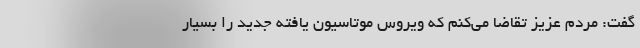
گفت: مردم عزیز تقاضا می‌کنم که ویروس موتاسیون یافته جدید را بسیار